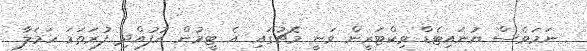
ނަމަވެސް ޔުނައިޓެޑް ވިކްޓަރީން ވަނީ މެޗުގައި އެ ޓީމުން އުފުއްދި ފުރަތަމަ ހަމަލާ